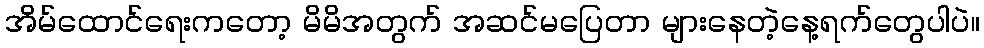
အိမ်ထောင်ရေးကတော့ မိမိအတွက် အဆင်မပြေတာ များနေတဲ့နေ့ရက်တွေပါပဲ။